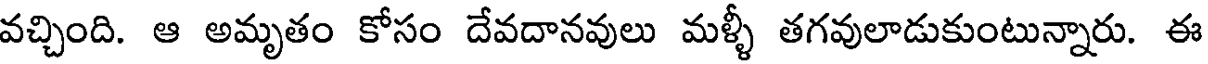
వచ్చింది. ఆ అమృతం కోసం దేవదానవులు మళ్ళీ తగవులాడుకుంటున్నారు. ఈ